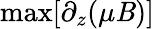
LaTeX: \operatorname*{max}[\partial_{z}(\mu\mathit{B})]